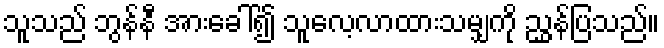
သူသည် ဘွန်နီ အားခေါ်၍ သူလေ့လာထားသမျှကို ညွှန်ပြသည်။